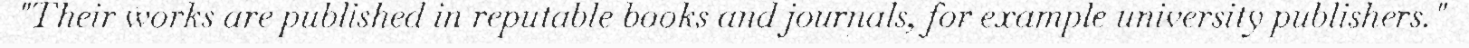
"Their works are published in reputable books and journals, for example university publishers."